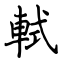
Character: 軾